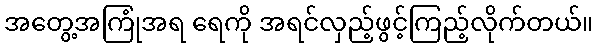
အတွေ့အကြုံအရ ရေကို အရင်လှည့်ဖွင့်ကြည့်လိုက်တယ်။